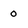
Character: o